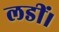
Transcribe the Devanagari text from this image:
लडीं।